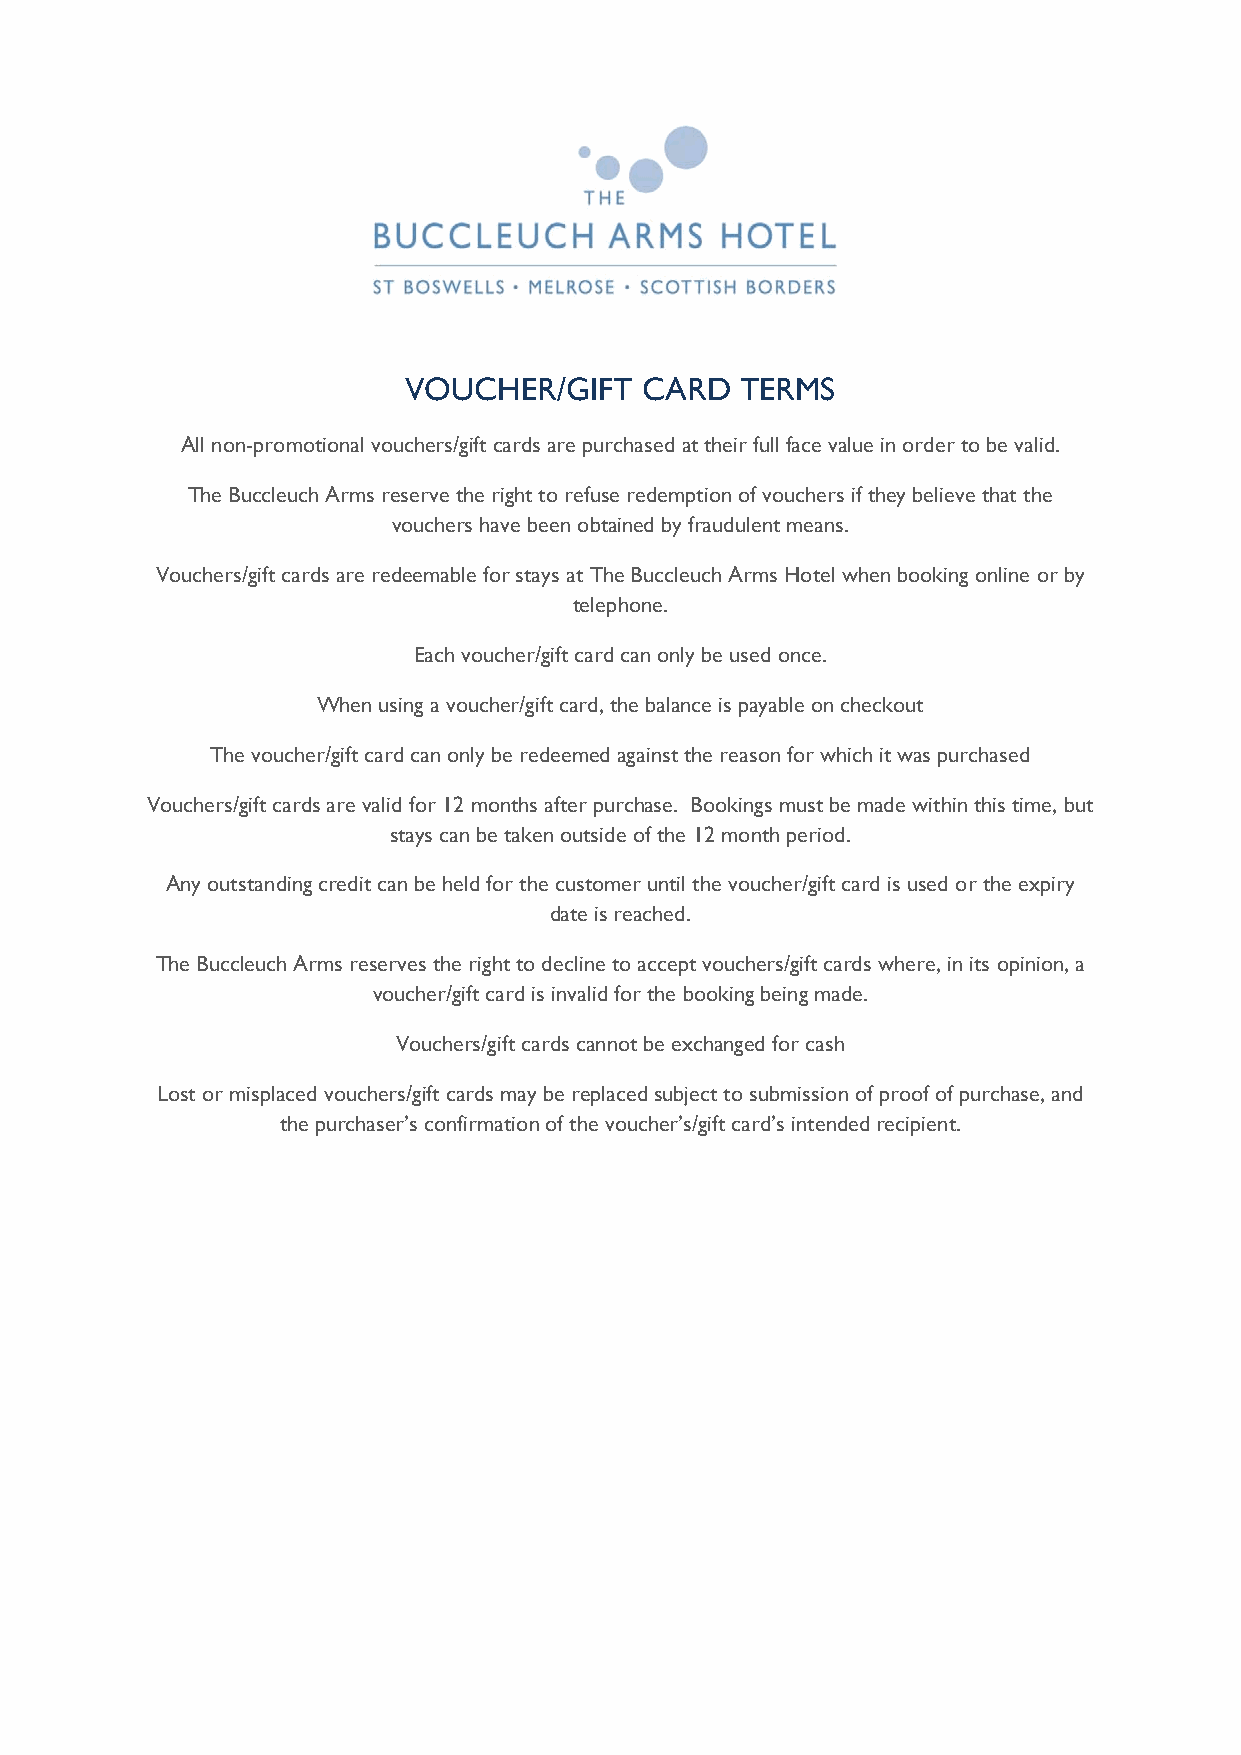
VOUCHER/GIFT   CARD   TERMS
 All non-promotional vouchers/gift cards are purchased at their full face value in order to be valid.
 The Buccleuch Arms reserve the right to refuse redemption of vouchers if they believe that the
 vouchers have been obtained by fraudulent means.
 Vouchers/gift cards are redeemable for stays at The Buccleuch Arms Hotel when booking online or by
 telephone.
 Each voucher/gift card can only be used once.
 When using a voucher/gift card, the balance is payable on checkout
 The voucher/gift card can only be redeemed against the reason for which it was purchased
 Vouchers/gift cards are valid for 12 months after purchase. Bookings must be made within this time, but
 stays can be taken outside of the 12 month period.
 Any outstanding credit can be held for the customer until the voucher/gift card is used or the expiry
 date is reached.
 The Buccleuch Arms reserves the right to decline to accept vouchers/gift cards where, in its opinion, a
 voucher/gift card is invalid for the booking being made.
 Vouchers/gift cards cannot be exchanged for cash
 Lost or misplaced vouchers/gift cards may be replaced subject to submission of proof of purchase, and
 the purchaser’s confirmation of the voucher’s/gift card’s intended recipient.